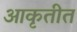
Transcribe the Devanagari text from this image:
आकृतीत